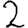
Digit: 2